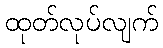
ထုတ်လုပ်လျက်